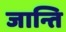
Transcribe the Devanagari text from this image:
जान्ति